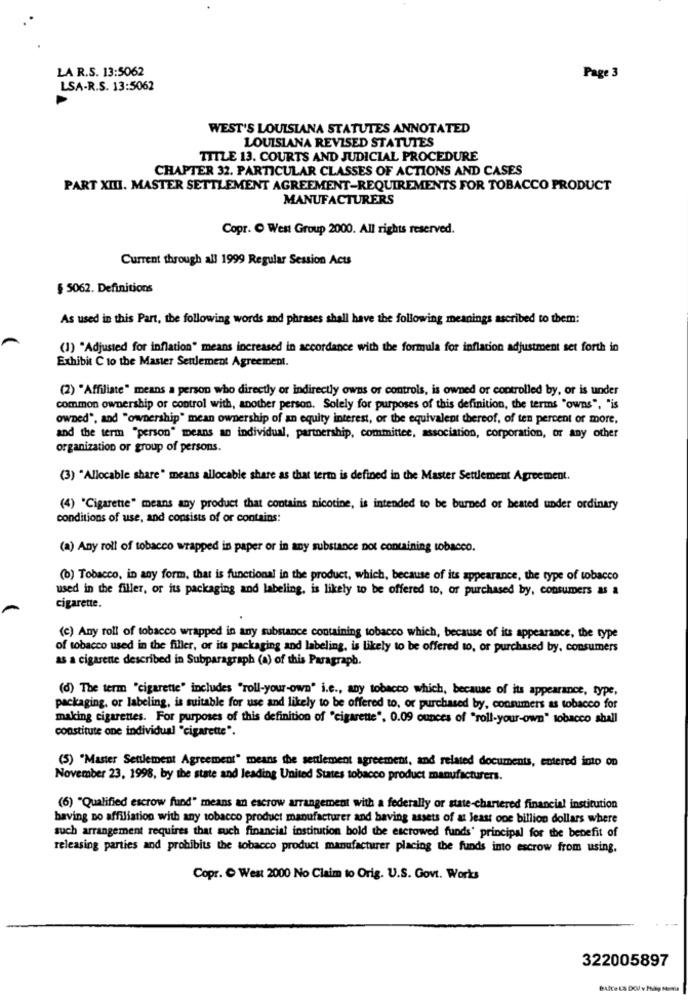
LA R.S. 13:5062
Page 3
LSA-R.S. 13:5062
WEST'S LOUISIANA STATUTES ANNOTATED
LOUISIANA REVISED STATUTES
TITLE 13. COURTS AND JUDICIAL PROCEDURE
CHAPTER 32. PARTICULAR CLASSES OF ACTIONS AND CASES
PART XIII. MASTER SETTLEMENT AGREEMENT-REQUIREMENTS FOR TOBACCO PRODUCT
MANUFACTURERS
Copr. C West Group 2000. All rights reserved.
Current through all 1999 Regular Session Acts
$ 5062. Definitions
As used in this Part, the following words and phrases shall have the following meanings ascribed to them:
(1) "Adjusted for inflation" means increased in accordance with the formula for inflation adjustment set forth in
Exhibit C to the Master Seulement Agreement.
(2) "Affiliate" means a person who directly or indirectly owns or controls, is owned or controlled by, or is under
common ownership or control with, another person. Solely for purposes of this definition, the terms "owns", "is
owned", and "ownership" mean ownership of an equity interest, or the equivalent thereof, of ten percent or more,
and the term "person" means an individual, partnership, committee, association, corporation, or any other
organization or group of persons.
(3) "Allocable share" means allocable share as that term is defined in the Master Settlement Agreement.
(4) "Cigarette" means any product that contains nicotine, is intended to be burned or heated under ordinary
conditions of use, and consists of or contains:
(a) Any roll of tobacco wrapped in paper or in any substance not containing tobacco.
(b) Tobacco, in any form, that is functional in the product, which, because of its appearance, the type of tobacco
used in the filler, or its packaging and labeling, is likely to be offered to, or purchased by, consumers & a
cigarette.
(c) Any roll of tobacco wrapped in any substance containing tobacco which, because of its appearance, the type
of tobacco used in the filler, or its packaging and labeling, is likely to be offered to, or purchased by, consumers
as a cigarette described in Subparagraph (A) of this Paragraph.
(d) The term "cigarette" includes "roll-your-own" i.e ., aby tobacco which, because of its appearance, type,
packaging, or labeling, is suitable for use and likely to be offered to, or purchased by, consumers as tobacco for
making cigarettes. For purposes of this definition of "cigarette", 0.09 ounces of "roll-your-own" tobacco shall
constitute one individual "cigarette".
(5) "Master Settlement Agreement" means the settlement agreement, and related documents, entered into on
November 23, 1998, by the state and leading United States tobacco product manufacturers.
(6) "Qualified escrow fund" means an escrow arrangement with a federally or state-chartered financial institution
having no affiliation with any tobacco product manufacturer and having assets of at least one billion dollars where
such arrangement requires that such financial institution bold the escrowed funds' principal for the benefit of
releasing parties and prohibits the tobacco product manufacturer placing the funds into escrow from using.
Copr. @ West 2000 No Claim to Orig. U.S. Govt. Works
322005897
BAIt's La DOJ v Phiby Mois